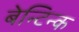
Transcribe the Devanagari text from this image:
बेन्टिन्क